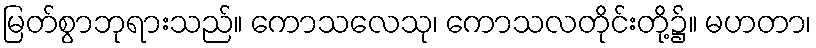
မြတ်စွာဘုရားသည်။ ကောသလေသု၊ ကောသလတိုင်းတို့၌။ မဟတာ၊